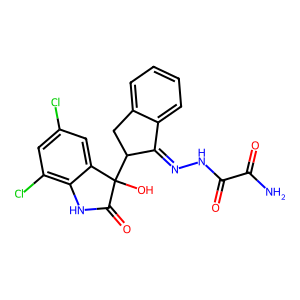
SMILES: NC(=O)C(=O)NN=C1c2ccccc2CC1C1(O)C(=O)Nc2c(Cl)cc(Cl)cc21
Inhibits HIV replication: No